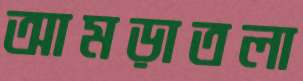
আমড়াতলা